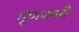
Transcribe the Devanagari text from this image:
गूणकारी